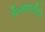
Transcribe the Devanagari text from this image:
फैल्कोनिफॉर्मीज़